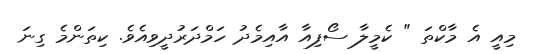
މިއީ އެ މާކްތަ " ކެމީލާ ސޯފިއާ އާއިމެދު ހަމްދަރުދީވިއެވެ. ކިތަންމެ ގިނަ